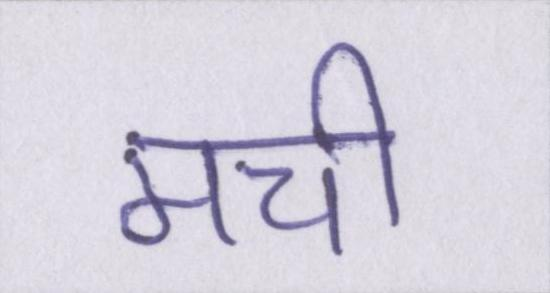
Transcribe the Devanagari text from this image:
मची